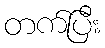
တက်ပြီး